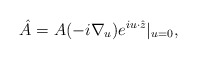
\begin{align*}\hat A=A(-i\nabla_u)e^{iu \cdot \hat z}|_{u=0},\end{align*}